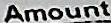
AMOUNT